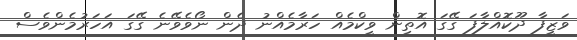
ވަޒީފާ ދޫކޮއްލާފަ ގޭގަ އޮތިން ވީކްމެއް ހަރާމެއްނު ދެން ނޯވެވޭނެ ގޭގަ އަހަރުމެންވެސް